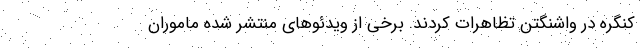
کنگره در واشنگتن تظاهرات کردند. برخی از ویدئوهای منتشر شده ماموران